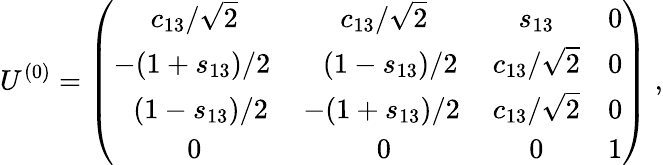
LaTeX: U^{(0)}=\left(\begin{array}{cccc}{{c_{13}/\sqrt{2}}}&{{c_{13}/\sqrt{2}}}&{{s_{13}}}&{{0}}\\ {{-(1+s_{13})/{2}\, }}&{{\; \, (1-s_{13})/2}}&{{c_{13}/\sqrt{2}}}&{{0}}\\ {{\; \, (1-s_{13})/2}}&{{-(1+s_{13})/2\, }}&{{c_{13}/\sqrt{2}}}&{{0}}\\ {{0}}&{{0}}&{{0}}&{{1}}\end{array}\right)\; ,